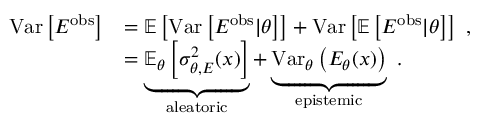
\begin{array} { r l } { \mathrm { V a r } \left[ E ^ { \mathrm { o b s } } \right] } & { = \mathbb { E } \left[ \mathrm { V a r } \left[ E ^ { \mathrm { o b s } } | \theta \right] \right] + \mathrm { V a r } \left[ \mathbb { E } \left[ E ^ { \mathrm { o b s } } | \theta \right] \right] \ , } \\ & { = \underbrace { \mathbb { E } _ { \theta } \left[ \sigma _ { \theta , E } ^ { 2 } ( x ) \right] } _ { \mathrm { a l e a t o r i c } } + \underbrace { \mathrm { V a r } _ { \theta } \left( E _ { \theta } ( x ) \right) } _ { \mathrm { e p i s t e m i c } } \ . } \end{array}